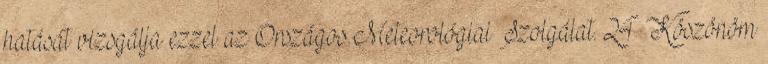
hatását vizsgálja ezzel az Országos Meteorológiai Szolgálat. 24 Köszönöm